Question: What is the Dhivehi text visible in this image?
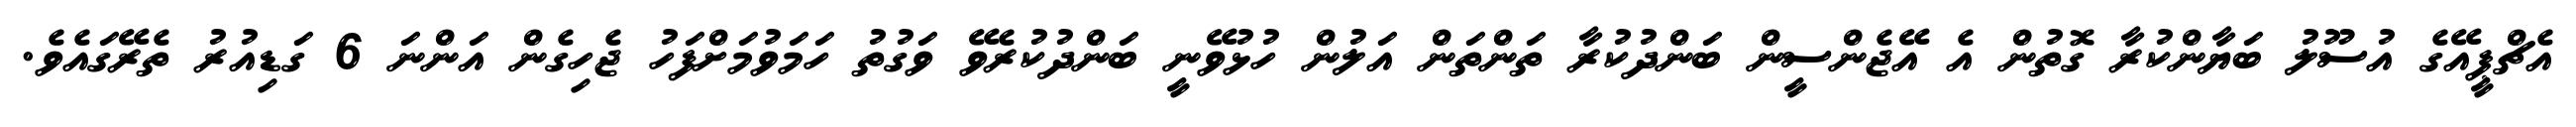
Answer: އެޗްޕީއޭގެ އުސޫލު ބަޔާންކުރާ ގޮތުން އެ އޭޖެންސީން ބަންދުކުރާ ތަންތަން އަލުން ހުޅުވޭނީ ބަންދުކުރެވޭ ވަގުތު ހަމަވުމަށްފަހު ޖެހިގެން އަންނަ 6 ގަޑިއުރު ތެރޭގައެވެ.